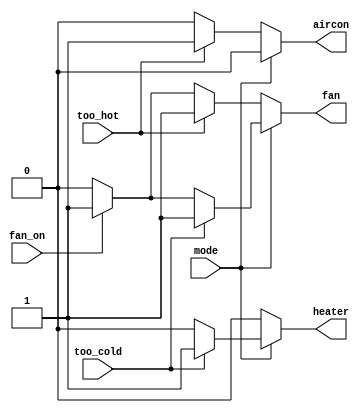
module top_module (
    input too_cold,
    input too_hot,
    input mode,
    input fan_on,
    output heater,
    output aircon,
    output fan
); 
    always @(*) begin
        if(fan_on == 1) begin
            fan = 1;
        end
        else begin
            fan = 0;
        end
        if(mode == 1) begin
            heater = mode;
            if(too_cold) begin
                heater = 1;
                fan = 1;
                aircon = 0;
            end
            else begin
                heater = 0;
                aircon = 0;
            end
        end
            else begin 
            if(too_hot) begin
                aircon = 1;
                fan = 1;
                heater = 0;
            end
            else begin
                aircon = 0;
                heater = 0;
            end
        end
    end
endmodule